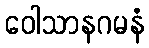
ဝေါသာနဂမနံ